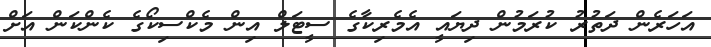
އަހަރެން ދަތުރު ކުރަމުން ދިޔައީ އެމެރިކާގެ ސީޓަލް އިން މެކްސިކޯގެ ކެންކަން އަށް